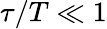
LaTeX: \tau/T\ll 1